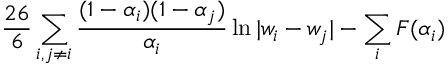
\frac { 2 6 } { 6 } \sum _ { i , j \neq i } \frac { ( 1 - \alpha _ { i } ) ( 1 - \alpha _ { j } ) } { \alpha _ { i } } \ln | w _ { i } - w _ { j } | - \sum _ { i } F ( \alpha _ { i } )